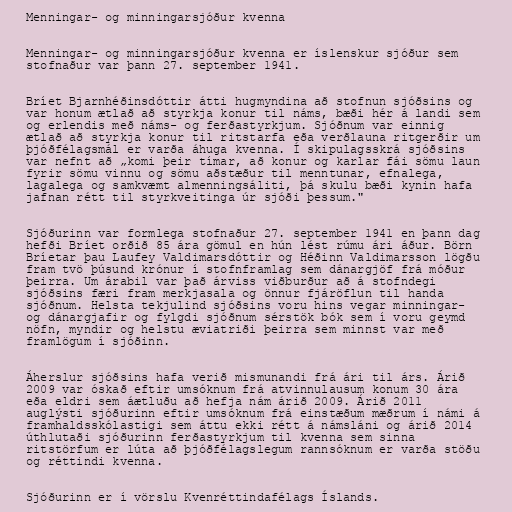
Menningar- og minningarsjóður kvenna

Menningar- og minningarsjóður kvenna er íslenskur sjóður sem
stofnaður var þann 27. september 1941.

Bríet Bjarnhéðinsdóttir átti hugmyndina að stofnun sjóðsins og
var honum ætlað að styrkja konur til náms, bæði hér á landi sem
og erlendis með náms- og ferðastyrkjum. Sjóðnum var einnig
ætlað að styrkja konur til ritstarfa eða verðlauna ritgerðir um
þjóðfélagsmál er varða áhuga kvenna. Í skipulagsskrá sjóðsins
var nefnt að „komi þeir tímar, að konur og karlar fái sömu laun
fyrir sömu vinnu og sömu aðstæður til menntunar, efnalega,
lagalega og samkvæmt almenningsáliti, þá skulu bæði kynin hafa
jafnan rétt til styrkveitinga úr sjóði þessum."

Sjóðurinn var formlega stofnaður 27. september 1941 en þann dag
hefði Bríet orðið 85 ára gömul en hún lést rúmu ári áður. Börn
Bríetar þau Laufey Valdimarsdóttir og Héðinn Valdimarsson lögðu
fram tvö þúsund krónur í stofnframlag sem dánargjöf frá móður
þeirra. Um árabil var það árviss viðburður að á stofndegi
sjóðsins færi fram merkjasala og önnur fjáröflun til handa
sjóðnum. Helsta tekjulind sjóðsins voru hins vegar minningar-
og dánargjafir og fylgdi sjóðnum sérstök bók sem í voru geymd
nöfn, myndir og helstu æviatriði þeirra sem minnst var með
framlögum í sjóðinn.

Áherslur sjóðsins hafa verið mismunandi frá ári til árs. Árið
2009 var óskað eftir umsóknum frá atvinnulausum konum 30 ára
eða eldri sem áætluðu að hefja nám árið 2009. Árið 2011
auglýsti sjóðurinn eftir umsóknum frá einstæðum mæðrum í námi á
framhaldsskólastigi sem áttu ekki rétt á námsláni og árið 2014
úthlutaði sjóðurinn ferðastyrkjum til kvenna sem sinna
ritstörfum er lúta að þjóðfélagslegum rannsóknum er varða stöðu
og réttindi kvenna.

Sjóðurinn er í vörslu Kvenréttindafélags Íslands.